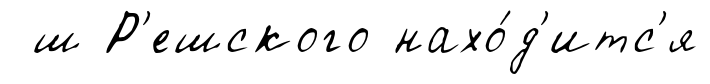
ш Р'ешского нахо́д'итс'я